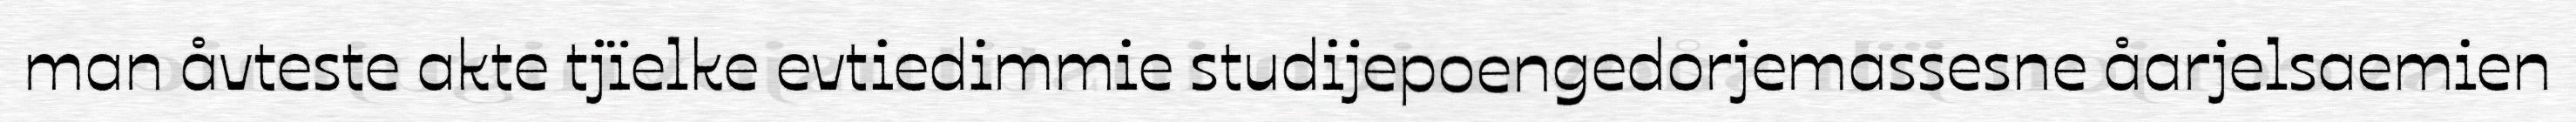
man åvteste akte tjïelke evtiedimmie studijepoengedorjemassesne åarjelsaemien